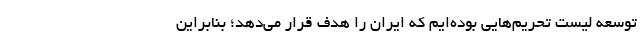
توسعه لیست تحریم‌هایی بوده‌ایم که ایران را هدف قرار می‌دهد؛ بنابراین